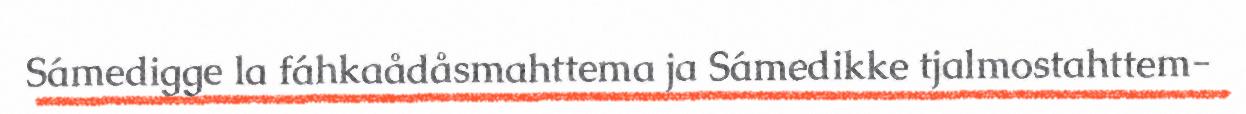
Sámedigge la fáhkaådåsmahttema ja Sámedikke tjalmostahttem-